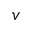
v